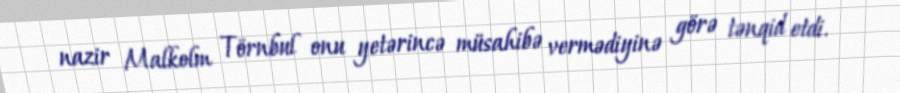
nazir Malkolm Törnbul onu yetərincə müsahibə vermədiyinə görə tənqid etdi.